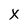
Character: X